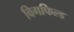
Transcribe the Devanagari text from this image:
विगफिल्ड